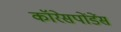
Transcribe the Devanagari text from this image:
कॉरेसपोंडेंस